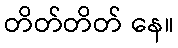
တိတ်တိတ် နေ။